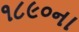
૧૮૯૦ના